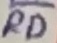
Text: RD